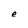
Character: e